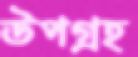
উপগ্রহ